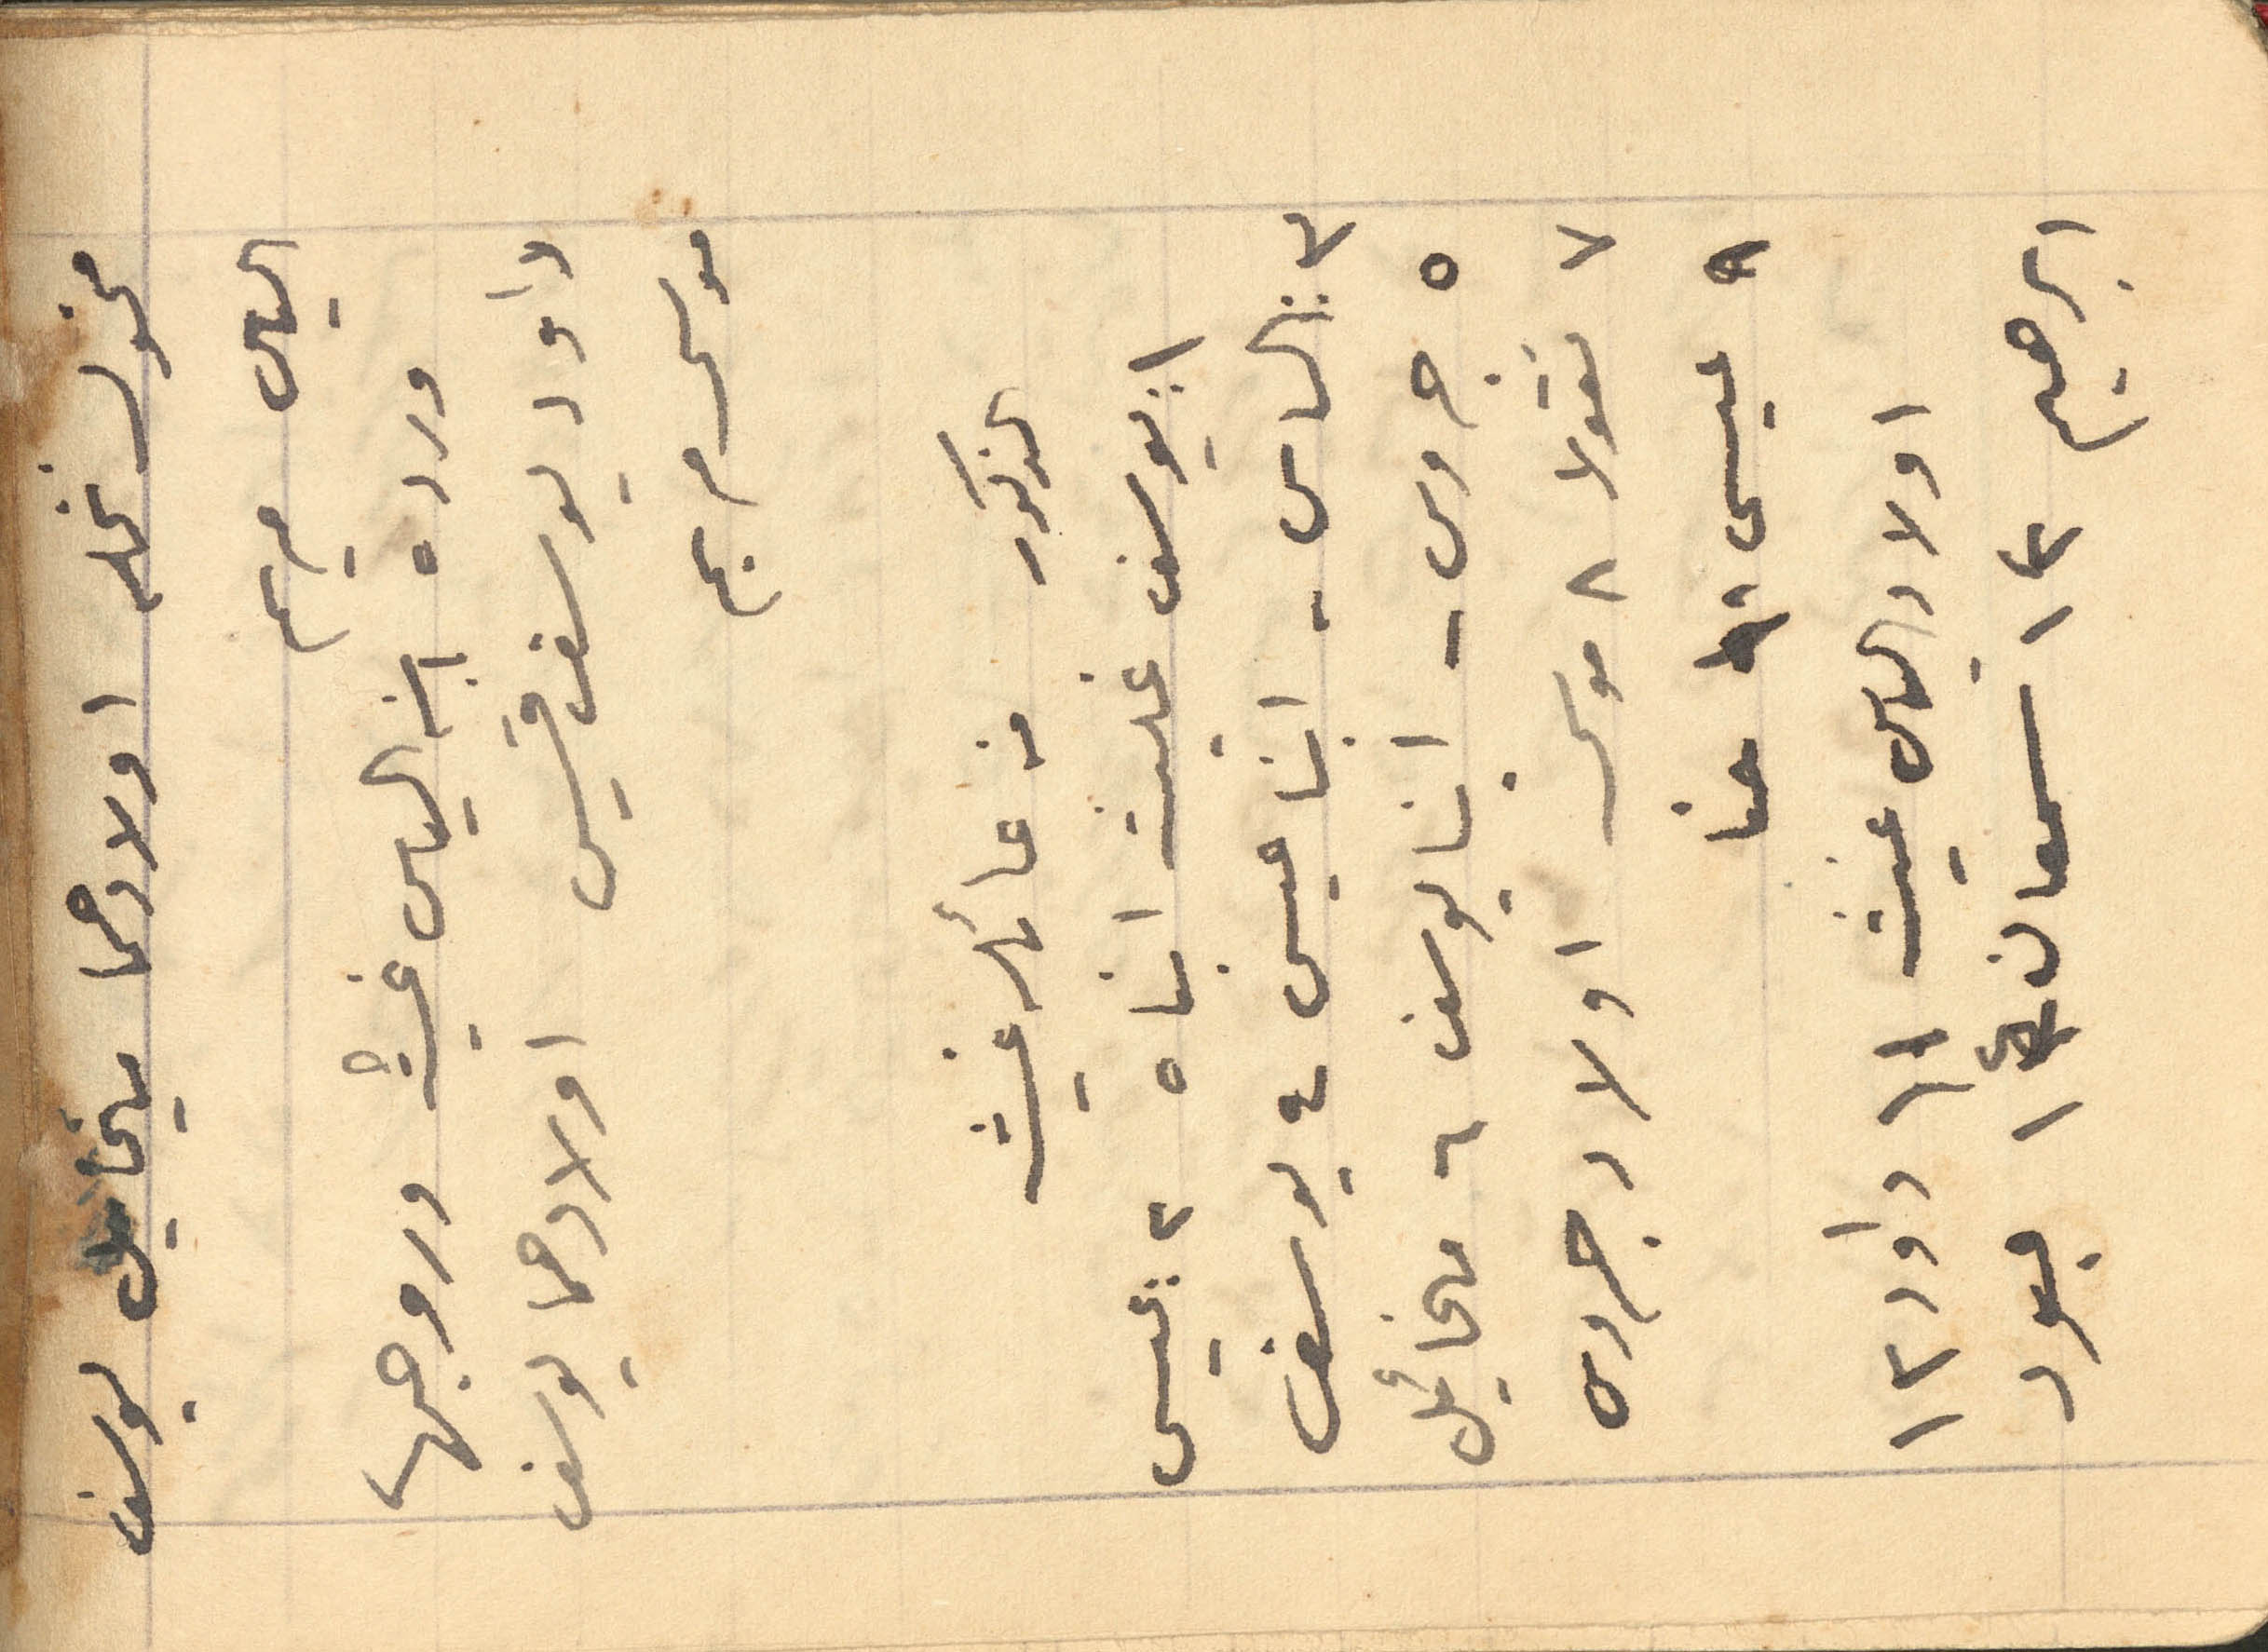
مخول نخله اولادهما ميخايل يوسف
الياس مريم
ورده ابنه الياس غيث وروجها
داود يوسف قسيس اولادهما يوسف
موسى مريم
الذكور من عائله غيث
1: يوسف غيث ابناه 2: عيسى
3: الياس - ابنا عيسى 4 يوسف
5 جروس - ابنا يوسف 6 مخائيل
7 نقولا 8 موسى اولاد جروس
9 عيسى 10 حنا
اولاد الياس غيث 11 داود 12
ابراهيم 13 سمعان 14 عبود